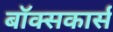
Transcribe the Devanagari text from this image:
बॉक्सकार्स